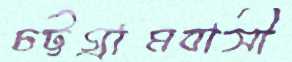
চট্টগ্রামবাসী